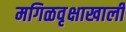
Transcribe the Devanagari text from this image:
मगिळवृक्षाखाली